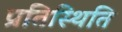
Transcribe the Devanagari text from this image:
प्रतिस्थिति